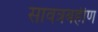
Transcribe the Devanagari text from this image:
सावत्रबहीण